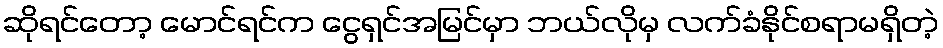
ဆိုရင်တော့ မောင်ရင်က ငွေရှင်အမြင်မှာ ဘယ်လိုမှ လက်ခံနိုင်စရာမရှိတဲ့